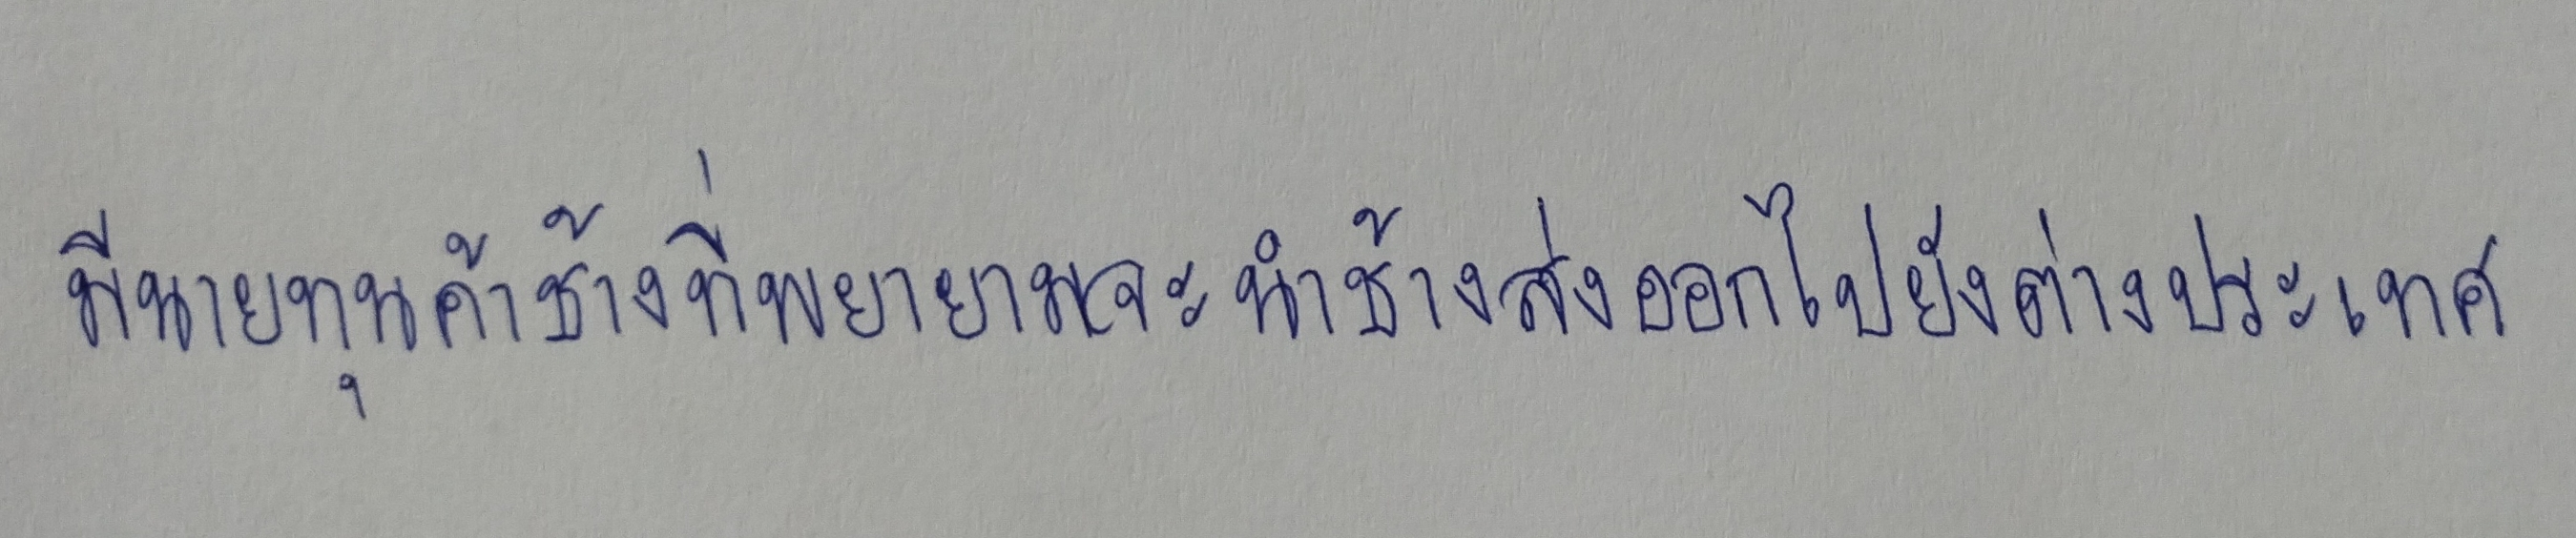
มีนายทุนค้าช้างที่พยายามจะนำช้างส่งออกไปยังต่างประเทศ